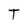
Character: T